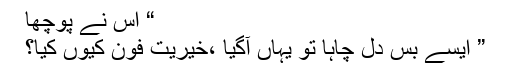
“ اس نے پوچھا
” ایسے بس دل چاہا تو یہاں آگیا ،خیریت فون کیوں کیا؟